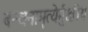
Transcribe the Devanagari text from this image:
बन्धनामृत्येर्मुक्षीय